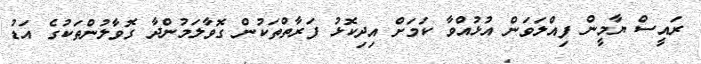
ރައީސް ޔާމީން ފިއްލަވަން އުޅުއްވާ ކަމަށް އިދިކޮޅު ފަރާތްތަކުން ގޮވާލަމުންދާ ގޮވާލުންތަކުގެ އަޑު